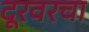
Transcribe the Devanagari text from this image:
दूरवरचा